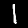
Digit: 1